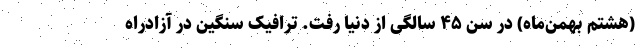
(هشتم بهمن‌ماه) در سن ۴۵ سالگی از دنیا رفت. ترافیک سنگین در‌ آزادراه